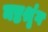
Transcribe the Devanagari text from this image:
नष्टश्रृंग